Indian journal of veterinary science and animal husbandry - Volume 4,
Year: 1934
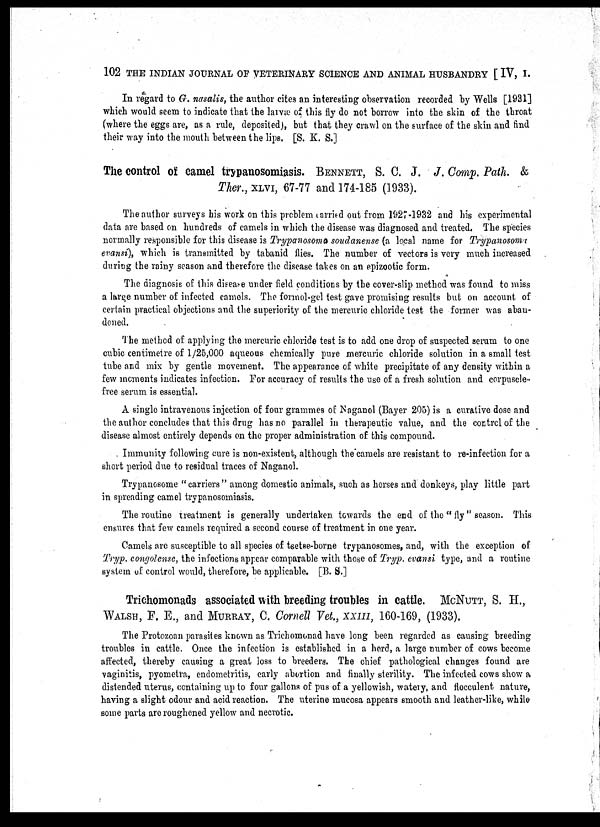
102 THE INDIAN JOURNAL OF VETERINARY SCIENCE AND ANIMAL HUSBANDRY [ IV, I.
In regard to G. nasalis, the author cites an interesting observation recorded by Wells [1931]
which would seem to indicate that the laræ of this fly do not borrow into the skin of the throat
(where the eggs are, as a rule, deposited, but that they crawl on the surface of the skin and find
their way into the mouth between the lips. [S. K. S.]
The control of camel trypanosomiasis. BENNETT, S. C. J. J. Comp. Path. &
Ther., XLVI, 67-77 and 174-185 (1933).
The author surveys his work on this problem carried out from 1927-1932 and his experimental
data are based on hundreds of camels in which the disease was diagnosed and treated. The species
normally responsible for this disease is Trypanosoma soudanense (a local name for Trypanosoma
evansi), which is transmitted by tabanid flies. The number of vectors is very much increased
during the rainy season and therefore the disease takes on an epizootic form.
The diagnosis of this disease under field conditions by the cover-slip method was found to miss
a large number of infected camels. The formol-gel test gave promising results but on account of
certain practical objections and the superiority of the mercuric chloride test the former was aban-
doned.
The method of applying the mercuric chloride test is to add one drop of suspected serum to one
cubic centimetre of 1/25,000 aqueous chemically pure mercuric chloride solution in a small test
tube and mix by gentle movement. The appearance of white precipitate of any density within a
few moments indicates infection. For accuracy of results the use of a fresh solution and corpuscle-
free serum is essential.
A single intravenous injection of four grammes of Naganol (Bayer 205) is a curative dose and
the author concludes that this drug has no parallel in therapeutic value, and the control of the
disease almost entirely depends on the proper administration of this compound.
Immunity following cure is non-existent, although the camels are resistant to re-infection for a
short period due to residual traces of Naganol.
Trypanosome "carriers" among domestic animals, such as horses and donkeys, play little part
in spreading camel trypanosomiasis.
The routine treatment is generally undertaken towards the end of the " fly " season. This
ensures that few camels required a second course of treatment in one year.
Camels are susceptible to all species of tsetse-borne trypanosomes, and, with the exception of
Tryp. congolense, the infections appear comparable with those of Tryp. evansi type, and a routine
system of control would, therefore, be applicable. [B. S.]
Trichomonads associated with breeding troubles in cattle. McNUTT, S. H.,
WALSH, F. E., and MURRAY, C. Cornell Vet., XXIII, 160-169, (1933).
The Protozoan parasites known as Trichomonad have long been regarded as causing breeding
troubles in cattle. Once the infection is established in a herd, a large number of cows become
affected, thereby causing a great loss to breeders. The chief pathological changes found are
vaginitis, pyometra, endometritis, early abortion and finally sterility. The infected cows show a
distended uterus, containing up to four gallons of pus of a yellowish, watery, and flocculent nature,
having a slight odour and acid reaction. The uterine mucosa appears smooth and leather-like, while
some parts are roughened yellow and necrotic.